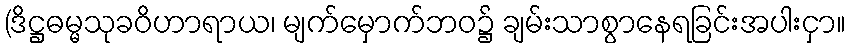
(ဒိဋ္ဌဓမ္မသုခဝိဟာရာယ၊ မျက်မှောက်ဘဝ၌ ချမ်းသာစွာနေရခြင်းအပါးငှာ။